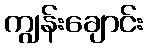
ကျွန်းချောင်း